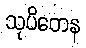
သုပိတေန